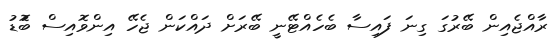
ރާއްޖެއިން ބޭރުގަ ގިނަ ފައިސާ ބެހެއްޓޭނީ ބޭރަށް ދައްކަން ޖެހޭ އިންވޮއިސް ބުޮޑު